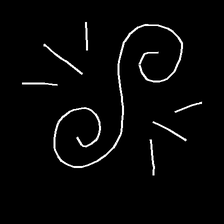
Glyph: wind-directs-air